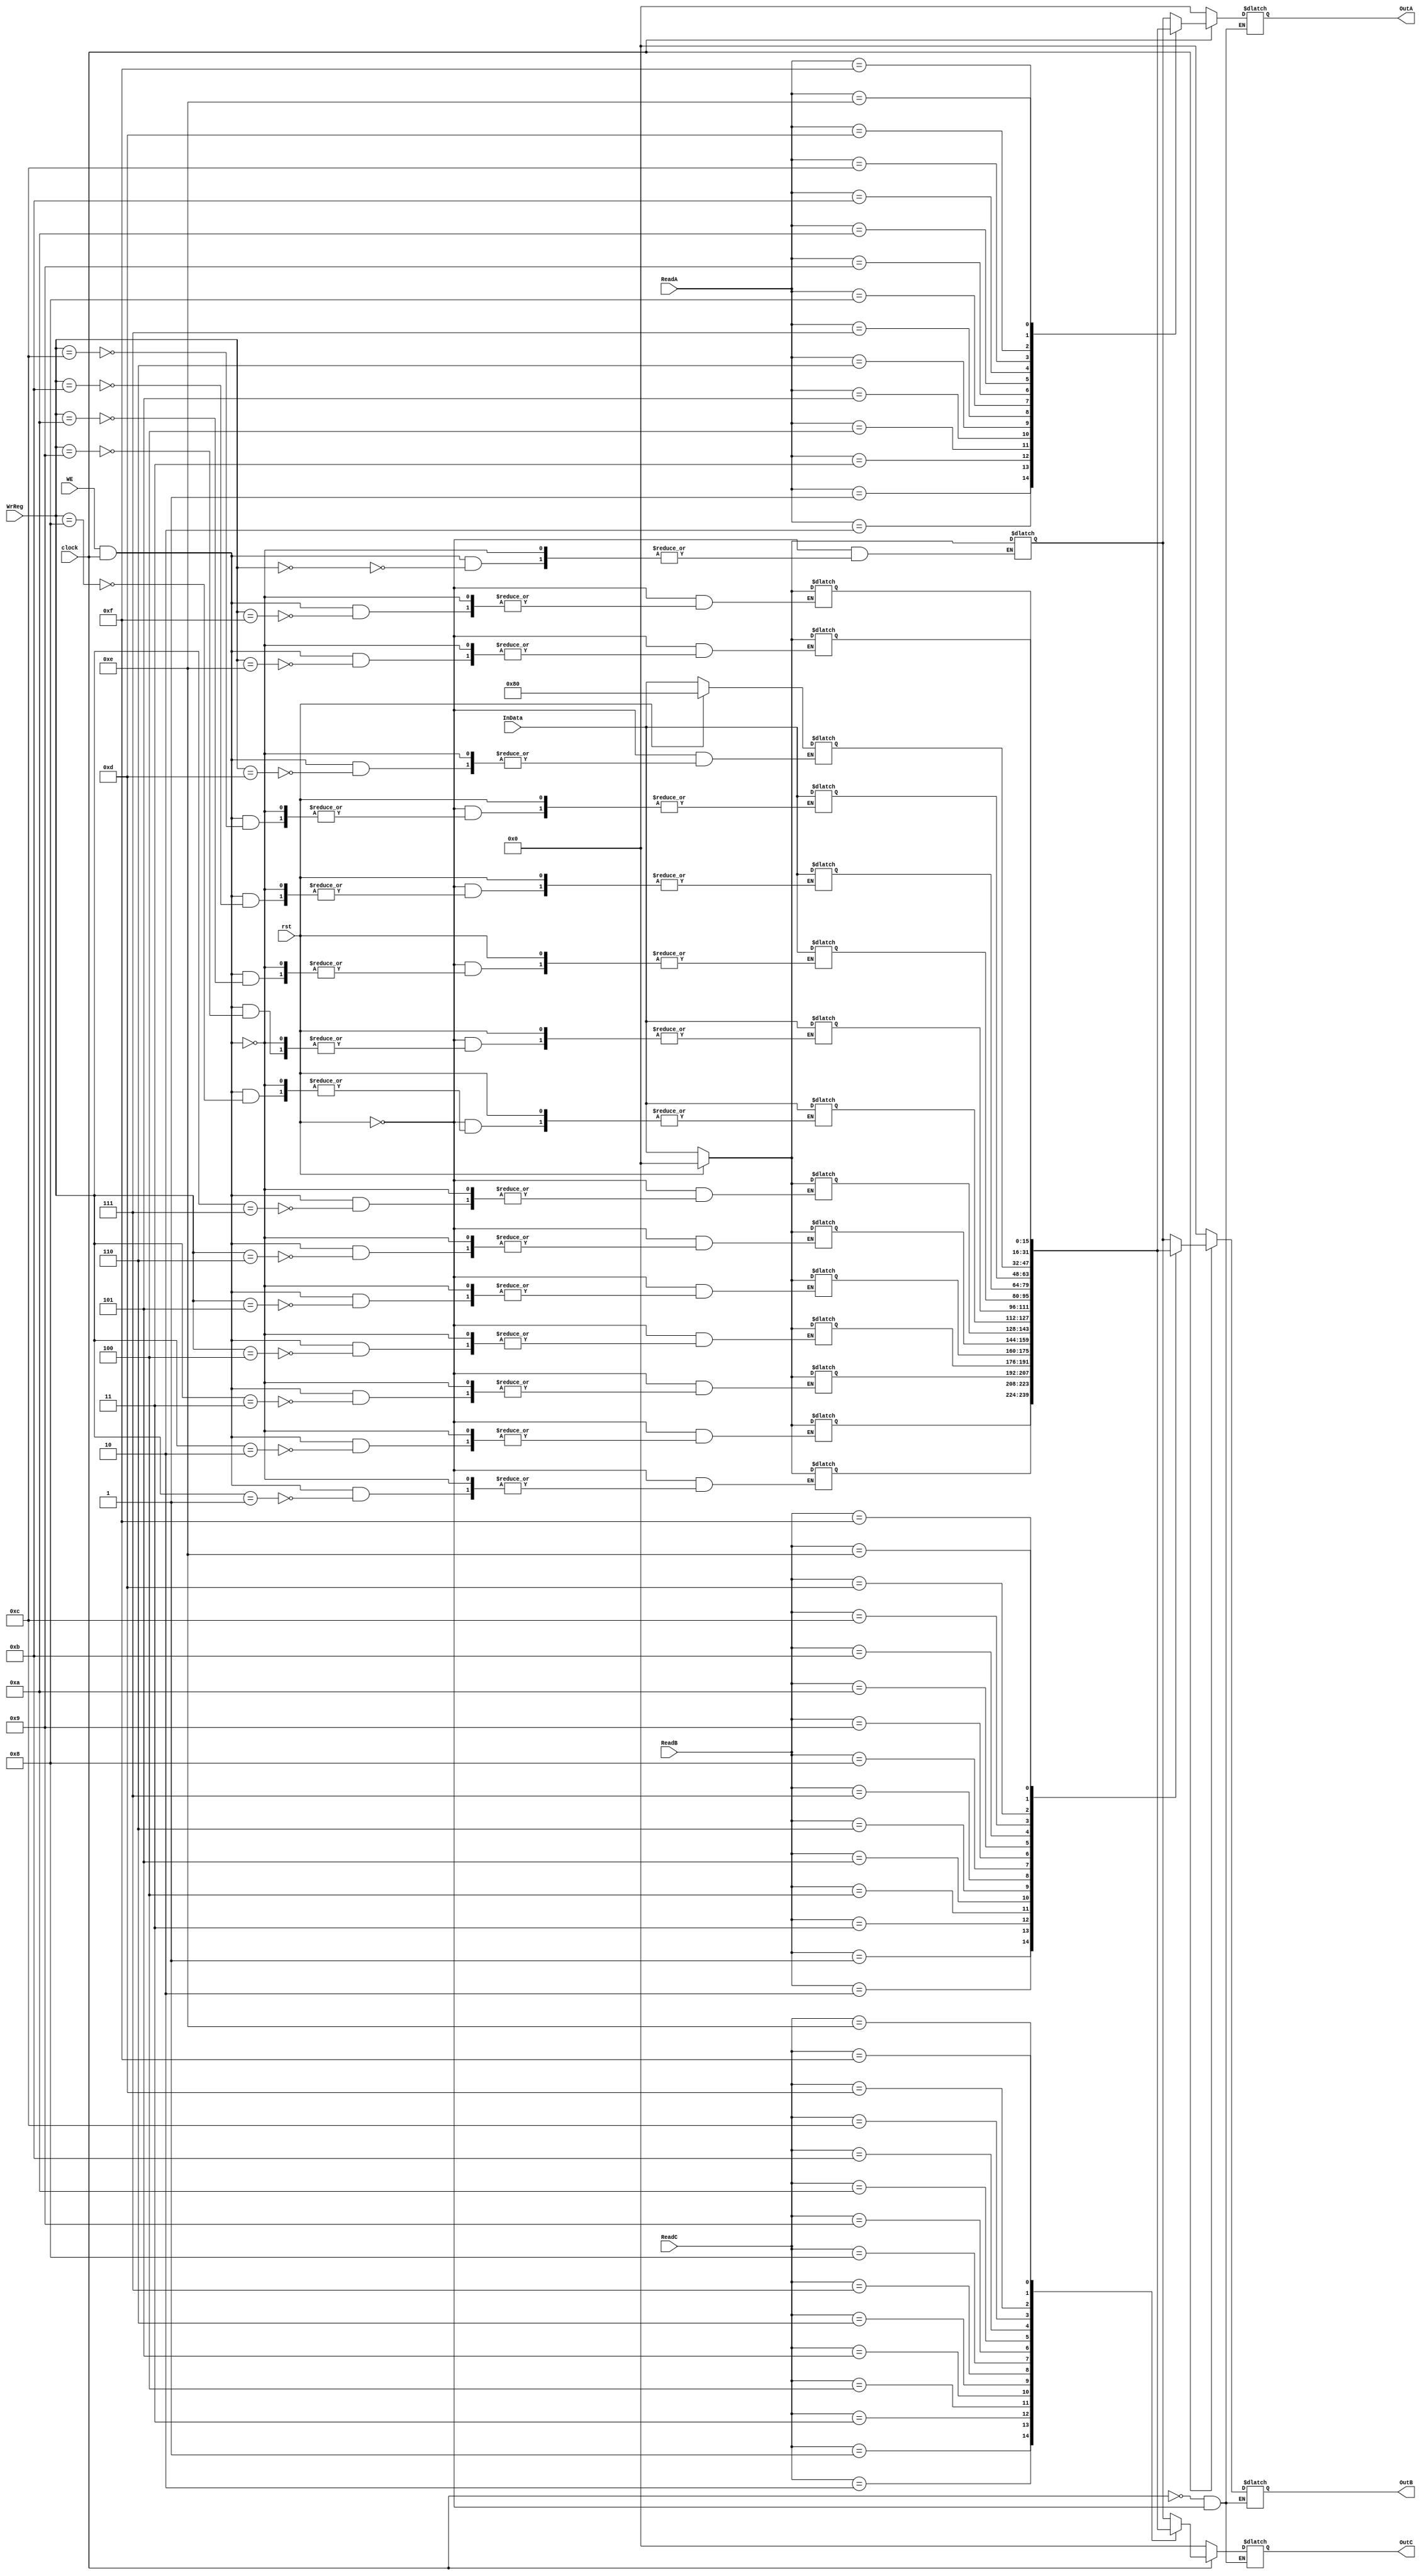
//Module for Register File
// The register File consists of R0 - R15
// R0 - R12 - General Purpose Registers
// R13 (SP) - Stack Pointer
// R14 (LR) - Link Register
// R15 (PC) - Program Counter

module register_file(clock, rst, WE,InData,WrReg,ReadA,ReadB,ReadC, OutA,OutB, OutC); 

    input [3:0] WrReg, ReadA, ReadB, ReadC; 
    input WE,clock, rst; 
    input [15:0] InData; 
    output [15:0] OutA,OutB, OutC; 
     
    reg [15:0] OutA, OutB, OutC;//2 16-bit output reg 
    reg signed [15:0] regfile[15:0];//16 16-bit registers 
   
    always@(clock)
    begin
     if(rst)
		  begin
        OutA <= 0; //random values for initial 
        OutB <= 0; 
        OutC <= 0;
	     regfile[0] <= 16'h0000;
	     regfile[1] <= 16'h0000;
	     regfile[2] <= 16'h0000;
	     regfile[3] <= 16'h0000;
	     regfile[4] <= 16'h0000;
	     regfile[5] <= 16'h0000;
	     regfile[6] <= 16'h0000;
	     regfile[7] <= 16'h0000;
	     regfile[13] <= 16'h080; // Value for Stack Pointer
             regfile[15] <= 16'h0000; 
	     regfile[14] <= 16'h0000;	

        end 
     else
	if(WE && clock) // For transferring the data on the positive level of the clock
        begin 
         regfile[WrReg]<=InData;//write to register 
         $display("Does WrReg: %h Data: %h",WrReg,InData); 
        end 

	if(-clock)  // For transferring the data on the negative level of the clock
        begin 
      	OutA<=regfile[ReadA];//read values from registers 
      	OutB<=regfile[ReadB];
	OutC<=regfile[ReadC]; 
      	$monitor  ("R0:  %h  R1:  %h  R2  %h  R3 %h  R7:  %h  SP:  %h ",regfile[0],regfile[1],regfile[2], regfile[3], regfile[7],regfile[13]); 
      	end  
    end
    	
 /*
    always@(clock,InData,WrReg,WE) 
    begin 
      
       if(WE && clock) // For transferring the data on the positive level of the clock
        begin 
         regfile[WrReg]InData;//write to register 
         $display("Does WrReg: %h Data: %h",WrReg,InData); 
        end 

    end 
     
    always @ (clock,ReadA,ReadB,WrReg) 
    begin 
      if(~clock)  // For transferring the data on the negative level of the clock
        begin 
      OutA  regfile[ReadA];//read values from registers 
      OutB  regfile[ReadB]; 
      $monitor  ("R0:  %h  R1:  %h  R2  %h  R7:  %h  SP:  %h  PC:  %h",regfile[0],regfile[1],regfile[2],regfile[7],regfile[13],regfile[15]); 
      end 
    end 
 */
 
endmodule